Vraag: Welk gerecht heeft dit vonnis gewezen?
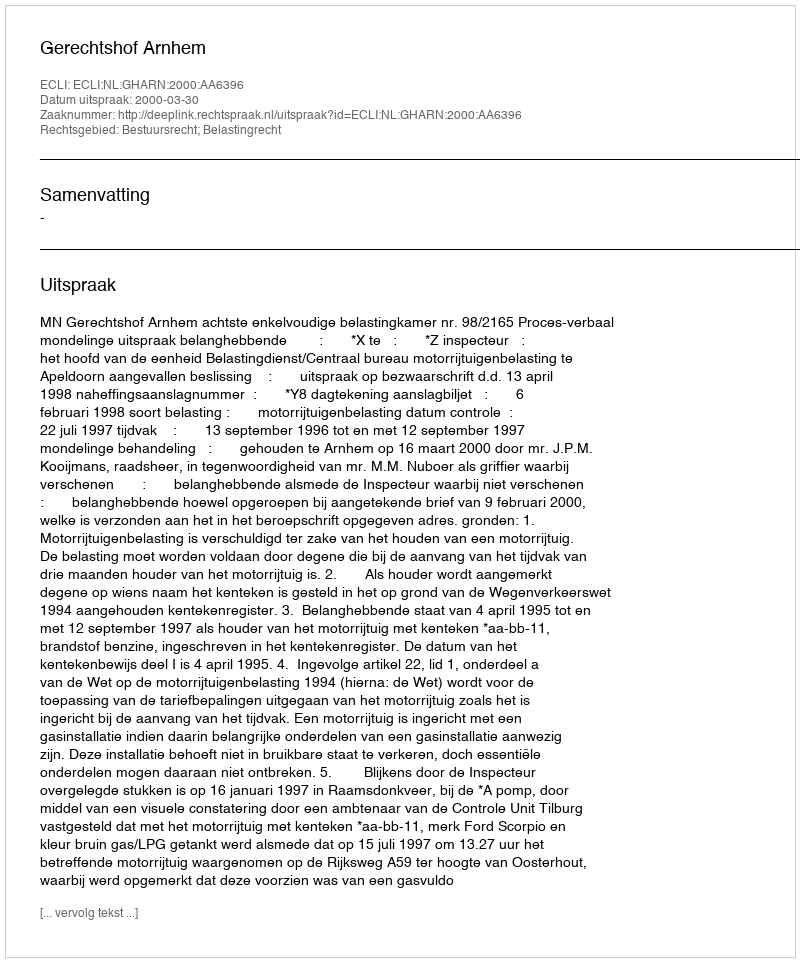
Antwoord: Gerechtshof Arnhem